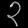
Digit: ၃